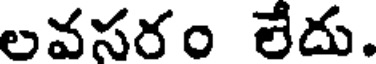
లవసరం లేదు.